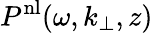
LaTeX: P^{\mathrm{nl}}(\omega,k_{\perp},z)